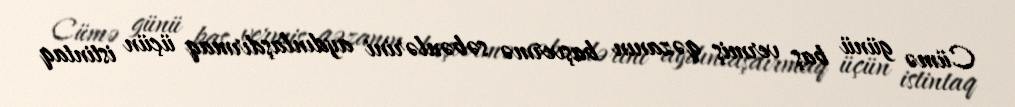
Cümə günü baş vermiş qəzanın başvermə səbənlərini aydınlaşdırmaq üçün istintaq